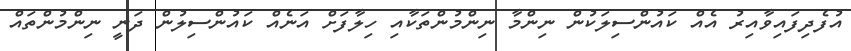
އުފެދިފައިވާއިރު އެއް ކައުންސިލަކުން ނިންމާ ނިންމުންތަކާއި ހިލާފަށް އަނެއް ކައުންސިލުން ދަނީ ނިިންމުންތައް